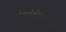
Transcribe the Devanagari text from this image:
अंतसंबंधावरून